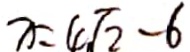
x = 4 \sqrt { 2 } - 6